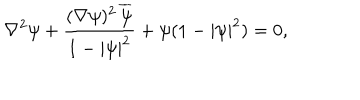
\nabla ^ { 2 } \psi + \frac { ( \nabla \psi ) ^ { 2 } \, { \overline { { \psi } } } } { 1 - | \psi | ^ { 2 } } + \psi ( 1 - | \psi | ^ { 2 } ) = 0 ,